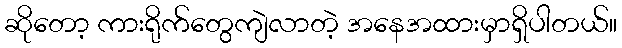
ဆိုတော့ ကားရိုက်တွေကျဲလာတဲ့ အနေအထားမှာရှိပါတယ်။